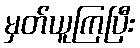
မှတ်ယူကြပြီး